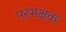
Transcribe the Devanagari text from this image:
परभक्षक